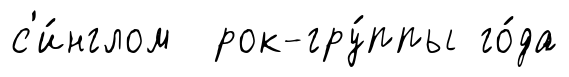
с'и́нглом рок-гру́ппы го́да